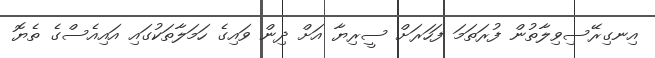
އިނގިރޭސިވިލާތުން ފުރަތަމަ ފަހަރަށް ސީރިޔާ އަށް ދިން ވައިގެ ހަމަލާތަކުގައި އައިއެސްގެ ތެޔޮ